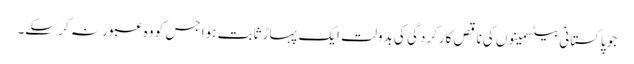
جو پاکستانی بیٹسمینوں کی ناقص کارکردگی کی بدولت ایک پہاڑ ثابت ہوا جس کو وہ عبور نہ کر سکے۔